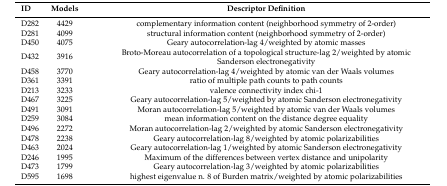
| ID | Models | Descriptor Definition |
 | --- | --- | --- |
 | D282 | 4429 | complementary information content (neighborhood symmetry of 2-order) |
 | D281 | 4099 | structural information content (neighborhood symmetry of 2-order) |
 | D450 | 4075 | Geary autocorrelation-lag 4/weighted by atomic masses |
 | D432 | 3916 | Broto-Moreau autocorrelation of a topological structure-lag 2/weighted by atomic Sanderson electronegativity |
 | D458 | 3770 | Geary autocorrelation-lag 4/weighted by atomic van der Waals volumes |
 | D361 | 3391 | ratio of multiple path counts to path counts |
 | D213 | 3233 | valence connectivity index chi-1 |
 | D467 | 3225 | Geary autocorrelation-lag 5/weighted by atomic Sanderson electronegativity |
 | D491 | 3091 | Moran autocorrelation-lag 5/weighted by atomic van der Waals volumes |
 | D259 | 3084 | mean information content on the distance degree equality |
 | D496 | 2272 | Moran autocorrelation-lag 2/weighted by atomic Sanderson electronegativity |
 | D478 | 2238 | Geary autocorrelation-lag 8/weighted by atomic polarizabilities |
 | D463 | 2024 | Geary autocorrelation-lag 1/weighted by atomic Sanderson electronegativity |
 | D246 | 1995 | Maximum of the differences between vertex distance and unipolarity |
 | D473 | 1799 | Geary autocorrelation-lag 3/weighted by atomic polarizabilities |
 | D595 | 1698 | highest eigenvalue n. 8 of Burden matrix/weighted by atomic polarizabilities |